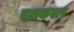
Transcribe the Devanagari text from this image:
दशकवार